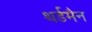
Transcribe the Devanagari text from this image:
थर्डमैन